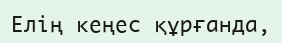
Елің кеңес құрғанда,